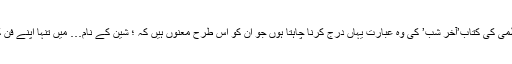
ایک ایسی ماں اور فنکار کو یاد کرتے ہوئے میں کیفی اعظمی کی کتاب’آخرِ شب’ کی وہ عبارت یہاں درج کرنا چاہتا ہوں جو ان کو اس طرح معنوں ہیں کہ ؛ شین کے نام… میں تنہا اپنے فن کو آخرِ شب تک لا چکا ہوں تم آ جاؤ تو پھر سحر ہو جائے۔